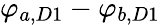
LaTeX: \varphi_{a,D1}-\varphi_{b,D1}